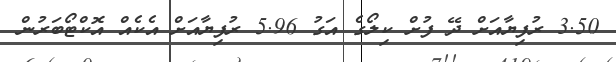
3.50 ރުފިޔާއަށް ދޭ ފުށް ކިލޯގެ އަގު 5.96 ރުފިޔާއަށް އެކެއް އޮކްޓޯބަރުން